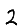
Digit: 2